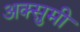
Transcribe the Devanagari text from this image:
अक्सुमी